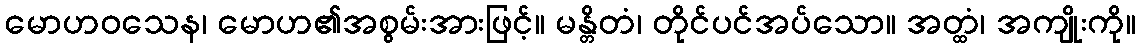
မောဟဝသေန၊ မောဟ၏အစွမ်းအားဖြင့်။ မန္တိတံ၊ တိုင်ပင်အပ်သော။ အတ္ထံ၊ အကျိုးကို။